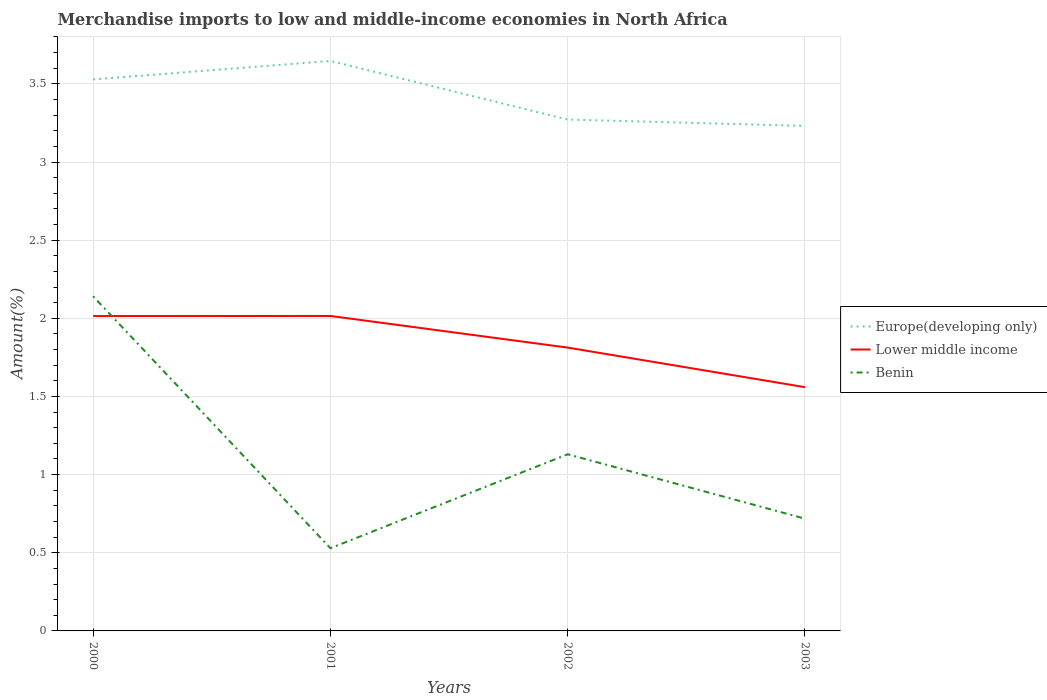
| Years | Europe(developing only) | Lower middle income | Benin |
 | --- | --- | --- | --- |
 | 2000 | 3.53 | 2.01 | 2.14 |
 | 2001 | 3.65 | 2.02 | 0.529 |
 | 2002 | 3.27 | 1.81 | 1.13 |
 | 2003 | 3.23 | 1.56 | 0.718 |